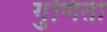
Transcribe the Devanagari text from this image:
गुणिता